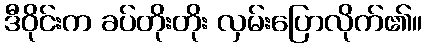
ဒီဝိုင်းက ခပ်တိုးတိုး လှမ်းပြောလိုက်၏။